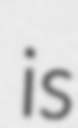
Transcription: is